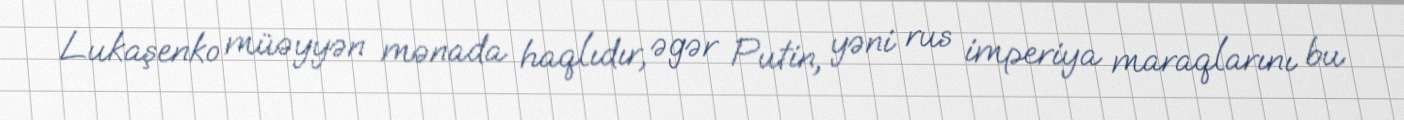
Lukaşenko müəyyən mənada haqlıdır, əgər Putin, yəni rus imperiya maraqlarını bu